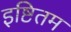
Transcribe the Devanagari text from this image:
इष्टितम